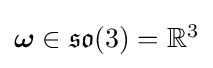
{\textstyle {\boldsymbol {\omega }}\in {\mathfrak {so}}(3)=\mathbb {R} ^{3}}